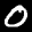
Label: 0